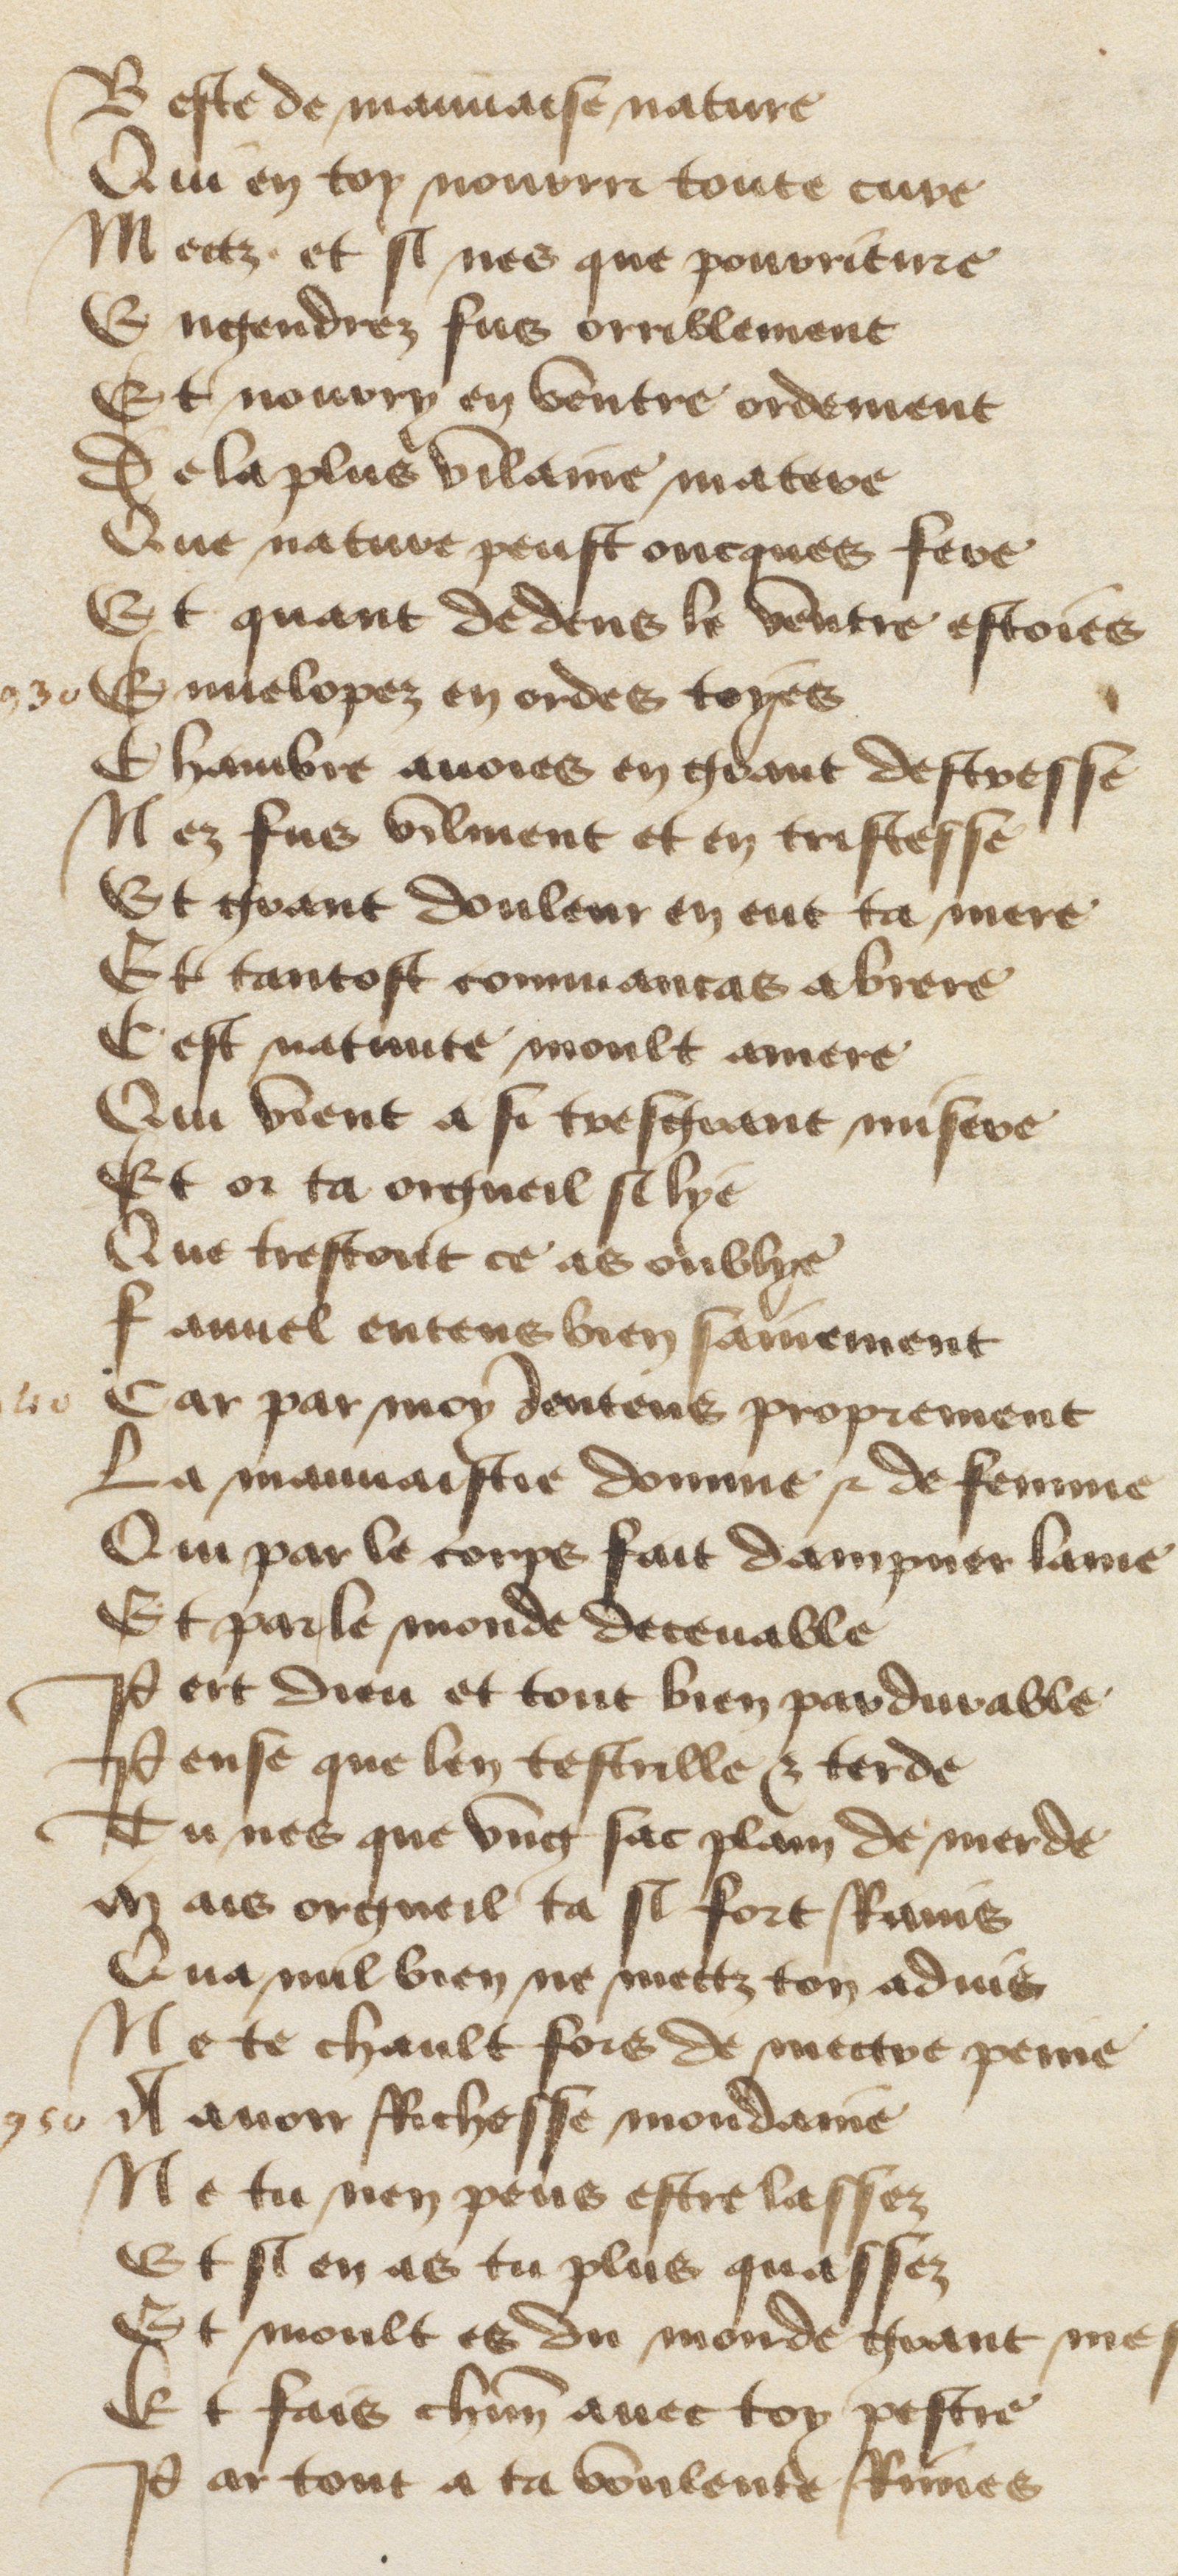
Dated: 1400–1499